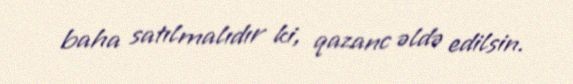
baha satılmalıdır ki, qazanc əldə edilsin.